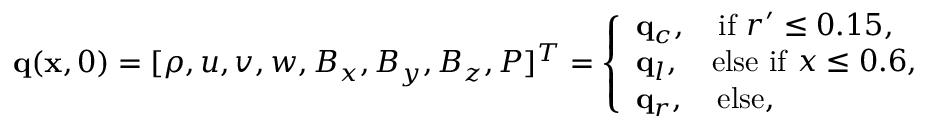
\mathbf { q } ( \mathbf { x } , 0 ) = [ \rho , u , v , w , B _ { x } , B _ { y } , B _ { z } , P ] ^ { T } = \left\{ \begin{array} { l l } { \mathbf { q } _ { c } , \quad \mathrm { i f } \ r ^ { \prime } \leq 0 . 1 5 , } \\ { \mathbf { q } _ { l } , \quad \mathrm { e l s e \ i f } \ x \leq 0 . 6 , } \\ { \mathbf { q } _ { r } , \quad \mathrm { e l s e } , } \end{array} \right.